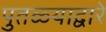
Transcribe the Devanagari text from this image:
पुतळ्याद्वारे